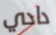
دادي